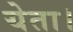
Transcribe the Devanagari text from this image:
येता।